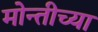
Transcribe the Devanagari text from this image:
मोन्तीच्या